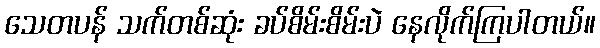
သေတပန် သက်တစ်ဆုံး ခပ်စိမ်းစိမ်းပဲ နေလိုက်ကြပါတယ်။